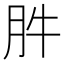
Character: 𰮊